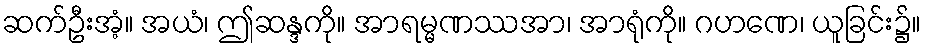
ဆက်ဦးအံ့။ အယံ၊ ဤဆန္ဒကို။ အာရမ္မဏဿအာ၊ အာရုံကို။ ဂဟဏေ၊ ယူခြင်း၌။